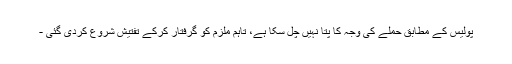
پولیس کے مطابق حملے کی وجہ کا پتا نہیں چل سکا ہے، تاہم ملزم کو گرفتار کرکے تفتیش شروع کردی گئی -